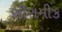
સીરામીક